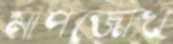
মাপজোখ